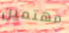
مهتمين